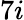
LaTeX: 7i